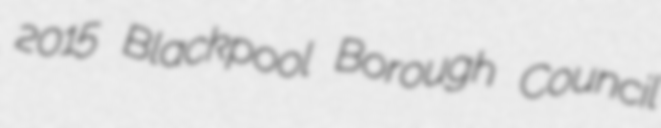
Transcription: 2015 Blackpool Borough Council